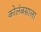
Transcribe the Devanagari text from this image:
कोलंबसाला